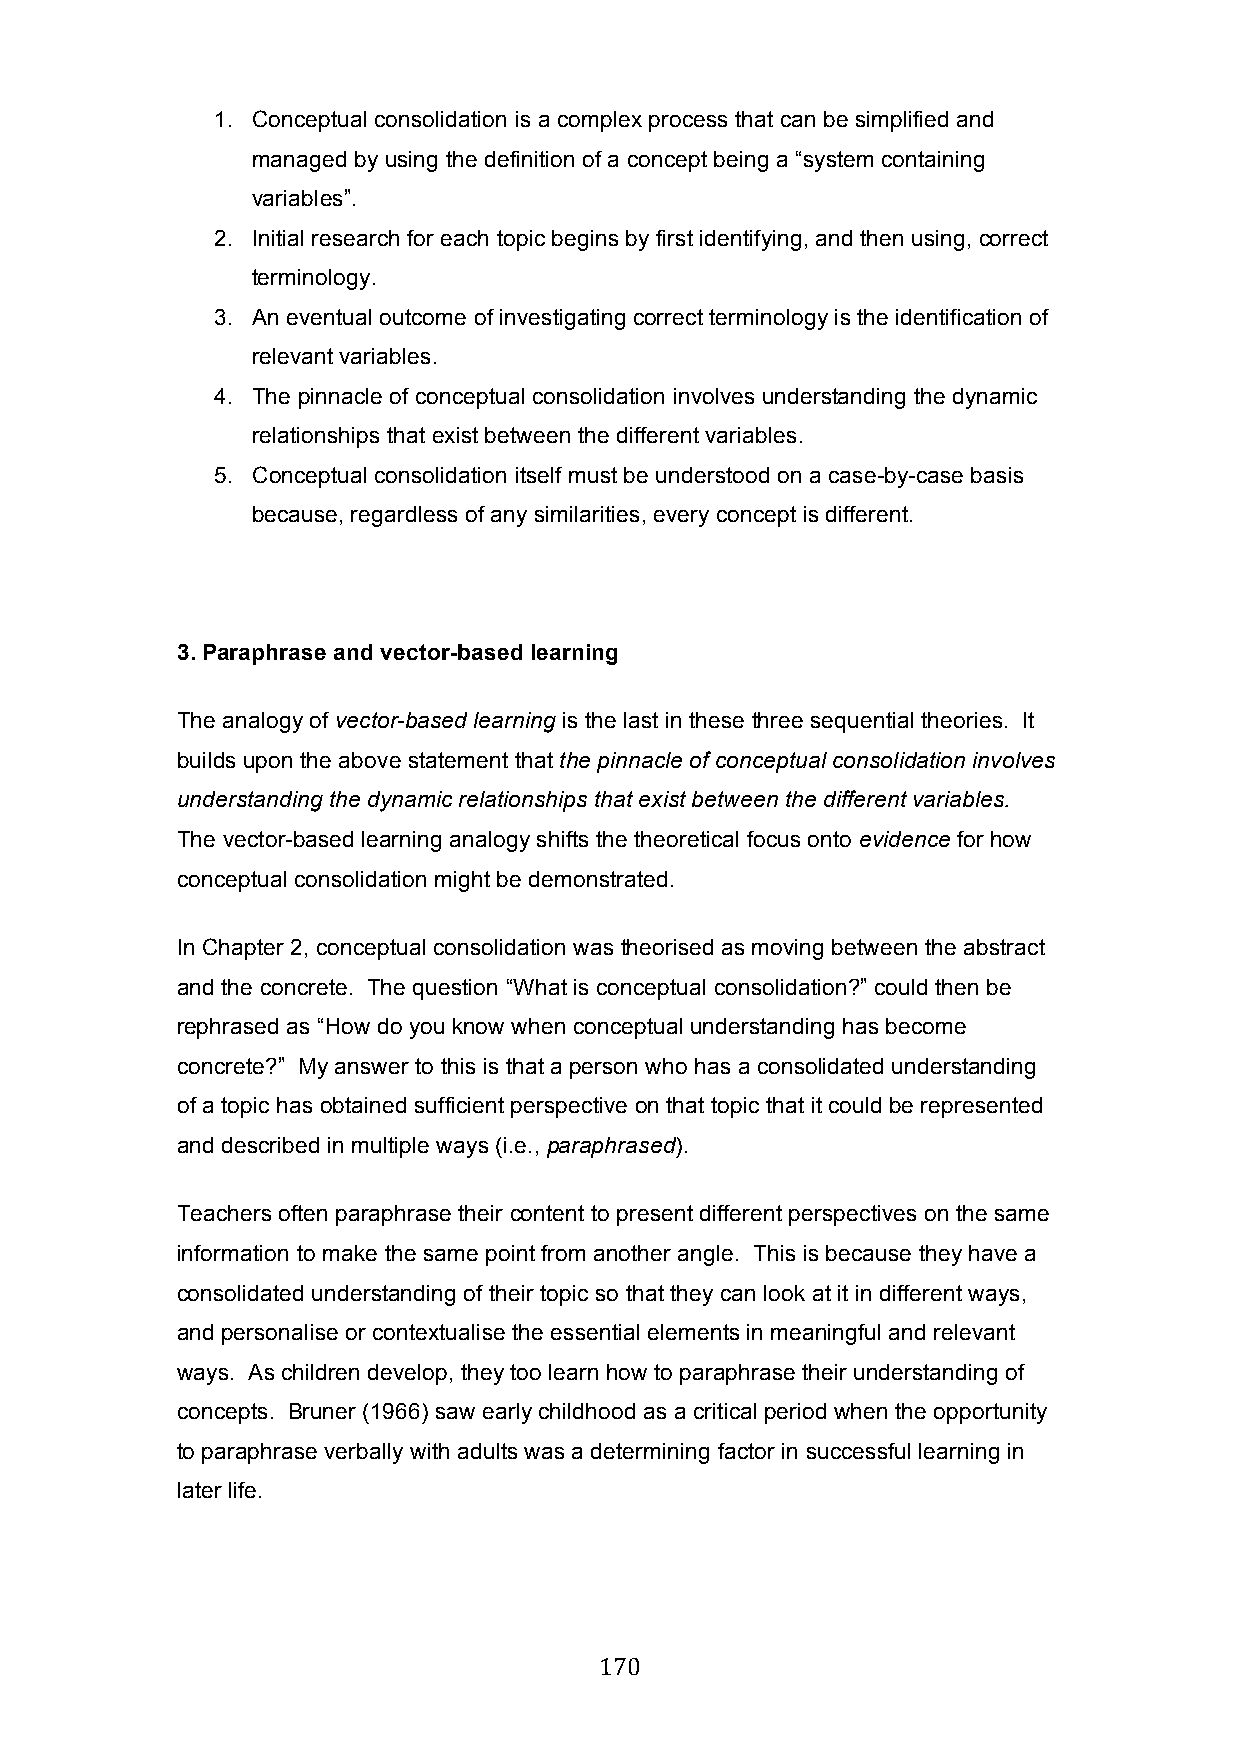
1. Conceptual consolidation is a complex process that can be simplified and
 managed by using the definition of a concept being a “system containing
 variables”.
 2. Initial research for each topic begins by first identifying, and then using, correct
 terminology.
 3. An eventual outcome of investigating correct terminology is the identification of
 relevant variables.
 4. The pinnacle of conceptual consolidation involves understanding the dynamic
 relationships that exist between the different variables.
 5. Conceptual consolidation itself must be understood on a case-by-case basis
 because, regardless of any similarities, every concept is different.
 3. Paraphrase and vector-based learning
 The analogy of vector-based learning is the last in these three sequential theories. It
 builds upon the above statement that the pinnacle of conceptual consolidation involves
 understanding the dynamic relationships that exist between the different variables.
 The vector-based learning analogy shifts the theoretical focus onto evidence for how
 conceptual consolidation might be demonstrated.
 In Chapter 2, conceptual consolidation was theorised as moving between the abstract
 and the concrete. The question “What is conceptual consolidation?” could then be
 rephrased as “How do you know when conceptual understanding has become
 concrete?” My answer to this is that a person who has a consolidated understanding
 of a topic has obtained sufficient perspective on that topic that it could be represented
 and described in multiple ways (i.e., paraphrased).
 Teachers often paraphrase their content to present different perspectives on the same
 information to make the same point from another angle. This is because they have a
 consolidated understanding of their topic so that they can look at it in different ways,
 and personalise or contextualise the essential elements in meaningful and relevant
 ways. As children develop, they too learn how to paraphrase their understanding of
 concepts. Bruner (1966) saw early childhood as a critical period when the opportunity
 to paraphrase verbally with adults was a determining factor in successful learning in
 later life.
 170